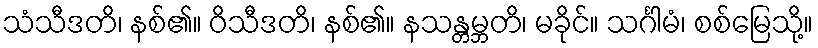
သံသီဒတိ၊ နစ်၏။ ဝိသီဒတိ၊ နစ်၏။ နသန္တမ္ဘတိ၊ မခိုင်။ သင်္ဂါမံ၊ စစ်မြေသို့။